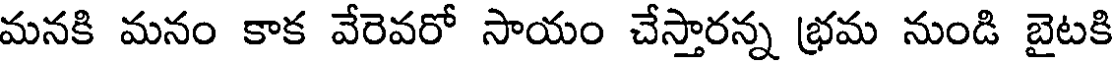
మనకి మనం కాక వేరెవరో సాయం చేస్తారన్న భమ నుండి బైటకి